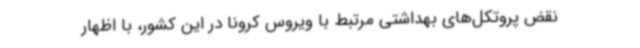
نقض پروتکل‌های بهداشتی مرتبط با ویروس کرونا در این کشور، با اظهار